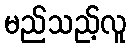
မည်သည့်လူ